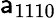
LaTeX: \mathsf{a}_{1110}